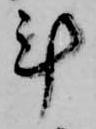
計